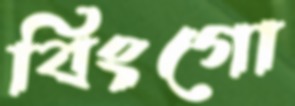
বিংগো